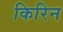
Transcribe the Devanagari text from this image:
किरिन